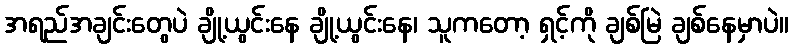
အရည်အချင်းတွေပဲ ချို့ယွင်းနေ ချို့ယွင်းနေ၊ သူကတော့ ရှင့်ကို ချစ်မြဲ ချစ်နေမှာပဲ။